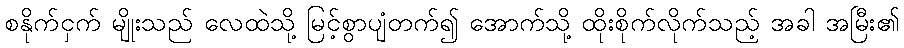
စနိုက်ငှက် မျိုးသည် လေထဲသို့ မြင့်စွာပျံတက်၍ အောက်သို့ ထိုးစိုက်လိုက်သည့် အခါ အမြီး၏